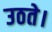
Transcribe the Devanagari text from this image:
उठते।